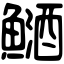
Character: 䲤